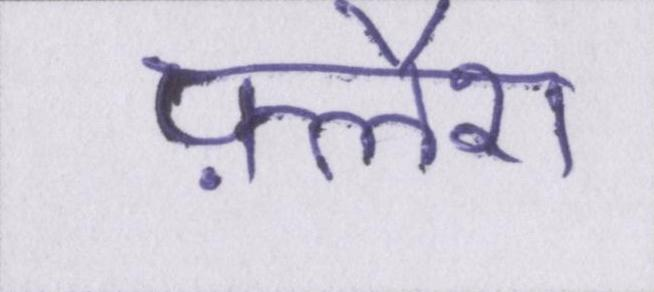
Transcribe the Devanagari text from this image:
फ़्लैश